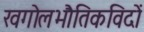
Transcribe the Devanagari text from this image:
खगोलभौतिकविदों